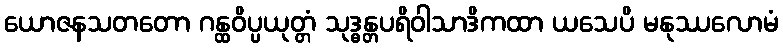
ယောဇနသတတော ဂန္ထဝိပ္ပယုတ္တံ သုဒ္ဓန္တပရိဝါသာဒိကထာ ယသေပိ မနုဿလောမံ